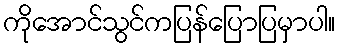
ကိုအောင်သွင်ကပြန်ပြောပြမှာပါ။